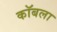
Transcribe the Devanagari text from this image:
कॉबला